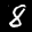
Label: 8